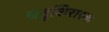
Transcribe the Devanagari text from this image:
चतुशिरास्क